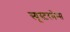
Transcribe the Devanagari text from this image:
स्यूस्टरमेन्स